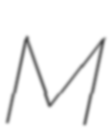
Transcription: M